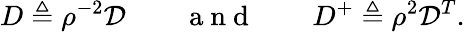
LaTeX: D\triangleq\rho^{-2}\mathcal{D}\qquad\mathrm{~a~n~d~}\qquad D^{+}\triangleq\rho^{2}\mathcal{D}^{T}.